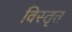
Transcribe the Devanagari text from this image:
विस्तृत्त